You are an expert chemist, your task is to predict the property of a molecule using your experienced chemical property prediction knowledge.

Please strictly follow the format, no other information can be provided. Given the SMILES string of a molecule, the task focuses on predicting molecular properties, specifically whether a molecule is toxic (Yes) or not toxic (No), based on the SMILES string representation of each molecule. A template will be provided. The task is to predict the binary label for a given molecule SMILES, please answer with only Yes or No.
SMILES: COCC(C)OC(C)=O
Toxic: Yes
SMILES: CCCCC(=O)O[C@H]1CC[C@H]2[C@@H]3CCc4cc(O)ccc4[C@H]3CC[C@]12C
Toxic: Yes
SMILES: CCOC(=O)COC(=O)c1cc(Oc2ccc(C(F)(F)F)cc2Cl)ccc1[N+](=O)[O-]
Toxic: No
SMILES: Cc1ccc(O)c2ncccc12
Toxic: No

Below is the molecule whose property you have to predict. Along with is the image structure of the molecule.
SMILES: CNC(=O)Oc1ccccc1C(C)C
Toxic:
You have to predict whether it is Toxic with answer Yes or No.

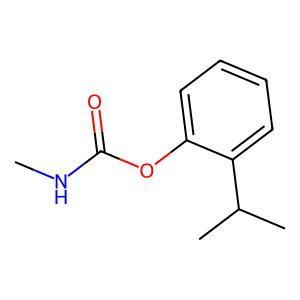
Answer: No